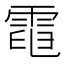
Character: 𩃓